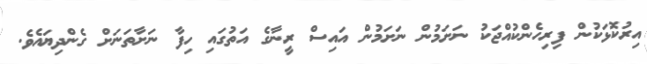
އިރުކޮޅަކުން ފިރިހެންކުއްޖަކު ނަށަމުން ނަށަމުން އައިސް ރީނާގެ އަތުގައި ހިފާ ނަށާތަނަށް ގެންދިޔައެވެ.